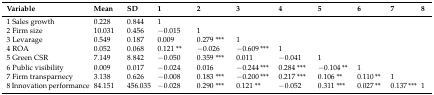
| Variable | Mean | SD | 1 | 2 | 3 | 4 | 5 | 6 | 7 | 8 |
 | --- | --- | --- | --- | --- | --- | --- | --- | --- | --- | --- |
 | 1 Sales growth | 0.228 | 0.844 | 1 |  |  |  |  |  |  |  |
 | 2 Firm size | 10.031 | 0.456 | −0.015 | 1 |  |  |  |  |  |  |
 | 3 Levarage | 0.549 | 0.187 | 0.009 | 0.279 *** | 1 |  |  |  |  |  |
 | 4 ROA | 0.052 | 0.068 | 0.121 ** | −0.026 | −0.609 *** | 1 |  |  |  |  |
 | 5 Green CSR | 7.149 | 8.842 | −0.050 | 0.359 *** | 0.011 | −0.041 | 1 |  |  |  |
 | 6 Public visibility | 0.009 | 0.017 | −0.024 | 0.016 | −0.244 *** | 0.284 *** | −0.104 ** | 1 |  |  |
 | 7 Firm transparnecy | 3.138 | 0.626 | −0.008 | 0.183 *** | −0.200 *** | 0.217 *** | 0.106 ** | 0.110 ** | 1 |  |
 | 8 Innovation performance | 84.151 | 456.035 | −0.028 | 0.290 *** | 0.121 ** | −0.052 | 0.311 *** | 0.027 ** | 0.137 *** | 1 |